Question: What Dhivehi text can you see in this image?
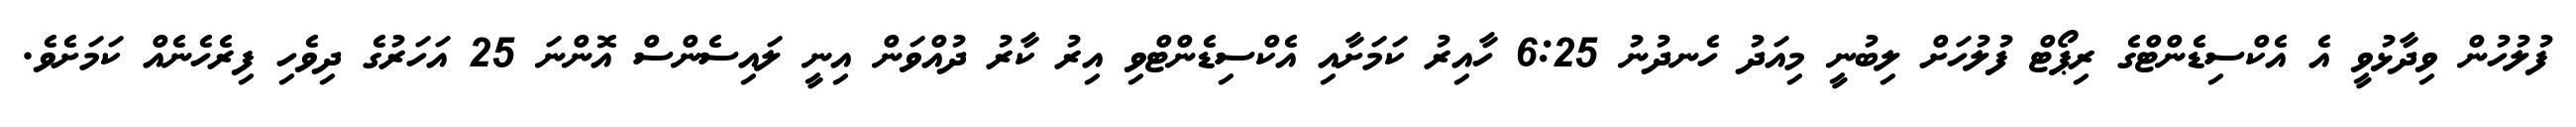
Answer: ފުލުހުން ވިދާޅުވީ އެ އެކްސިޑެންޓްގެ ރިޕޯޓް ފުލުހަށް ލިބުނީ މިއަދު ހެނދުނު 6:25 ހާއިރު ކަމަށާއި އެކްސިޑެންޓްވި އިރު ކާރު ދުއްވަން އިނީ ލައިސެންސް އޮންނަ 25 އަހަރުގެ ދިވެހި ފިރެހެނެއް ކަމަށެވެ.